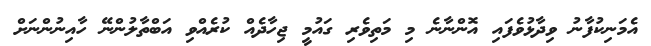
އެމަނިކުފާނު ވިދާޅުވެފައި އޮންނާނެ މި މަތިވެރި ގައުމީ ޖިހާދެއް ކުރެއްވި އަބްތާލުންނޭ ހާއިނުންނަށް